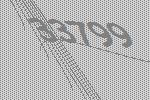
33799